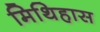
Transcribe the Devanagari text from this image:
मिथिहास